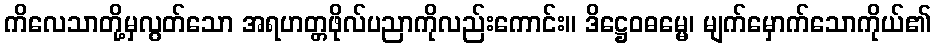
ကိလေသာတို့မှလွတ်သော အရဟတ္တဖိုလ်ပညာကိုလည်းကောင်း။ ဒိဋ္ဌေဝဓမ္မေ၊ မျက်မှောက်သောကိုယ်၏